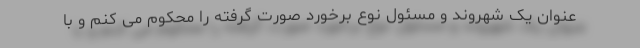
عنوان یک شهروند و مسئول نوع برخورد صورت گرفته را محکوم می کنم و با